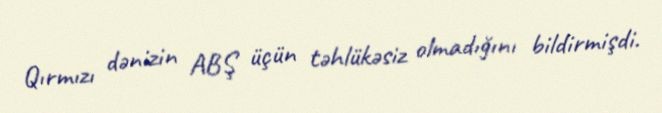
Qırmızı dənizin ABŞ üçün təhlükəsiz olmadığını bildirmişdi.